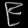
Digit: ၉